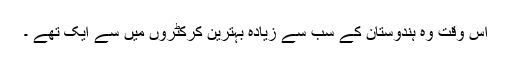
اس وقت وہ ہندوستان کے سب سے زیادہ بہترین کرکٹروں میں سے ایک تھے ۔